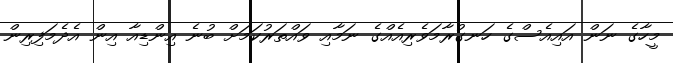
މީހާގެ ނަން އައިއެސްގެ ހަނގުރާމަވެރިއެއްގެ ނަމާއި ވައްތަރުކަމަށް ބުނެ އިންޑިއާ އިން އެދެމަފިރިން